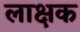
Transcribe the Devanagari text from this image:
लाक्षक